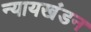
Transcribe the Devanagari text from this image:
न्यायखंडन